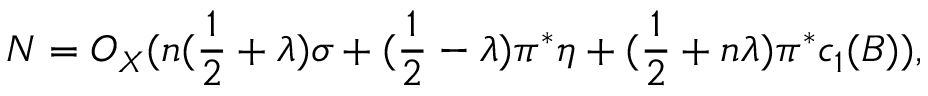
{ \cal N } = { \cal O } _ { X } ( n ( \frac { 1 } { 2 } + \lambda ) \sigma + ( \frac { 1 } { 2 } - \lambda ) \pi ^ { * } \eta + ( \frac { 1 } { 2 } + n \lambda ) \pi ^ { * } c _ { 1 } ( B ) ) ,